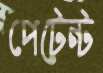
পেটেন্ট